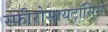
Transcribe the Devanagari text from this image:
स्फीरोसायटॉसिस